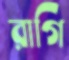
রাগি